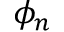
\phi _ { n }